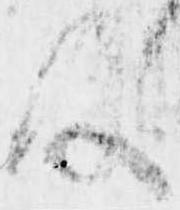
及